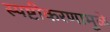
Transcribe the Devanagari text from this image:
स्पष्टीकरणामुळे